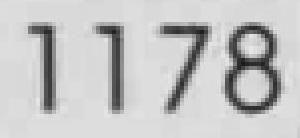
1178